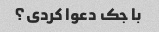
با جک دعوا کردی؟